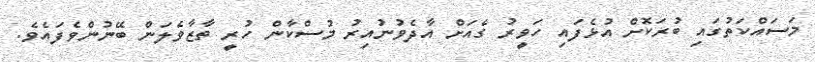
މަސައްކަތުގައި ބުރަކޮށް އުޅެފައި ހަވީރު ގެއަށް އާދެވުނުއިރު މުސްކާން ހުރީ ތާޒާވެލަން ބޭނުންވެފައެވެ.